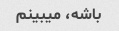
باشه، میبینم